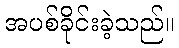
အပစ်ခိုင်းခဲ့သည်။